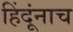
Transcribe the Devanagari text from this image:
हिंदूंनाच